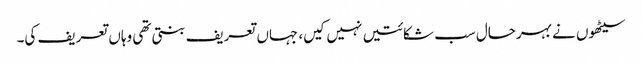
سیٹھوں نے بہرحال سب شکائتیں نہیں کیں، جہاں تعریف بنتی تھی وہاں تعریف کی۔